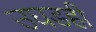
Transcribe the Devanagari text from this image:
उघडही